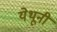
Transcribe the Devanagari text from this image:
येथूनी